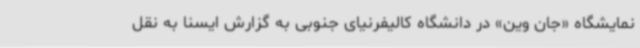
نمایشگاه «جان وین» در دانشگاه کالیفرنیای جنوبی به گزارش ایسنا به نقل